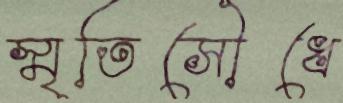
স্মৃতিসৌধে